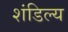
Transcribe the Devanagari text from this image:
शंडिल्य